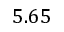
5 . 6 5